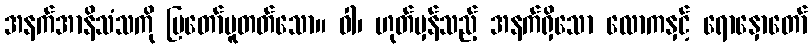
အနက်အာနိသံသကို ပြတော်မူတတ်သော။ ဝါ၊ ဟုတ်မှန်သည့် အနက်ရှိသော လောကနှင့် ရောနှောတော်